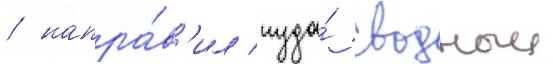
/ напра́в'ил туда́ сводныи